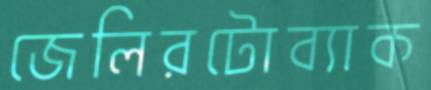
জেলিরটোব্যাক